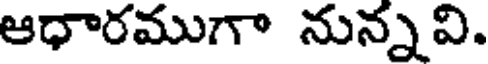
ఆధారముగా నున్నవి.